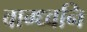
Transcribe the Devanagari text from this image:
वाग्ध्वनि